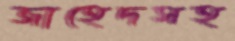
জাহেদসহ